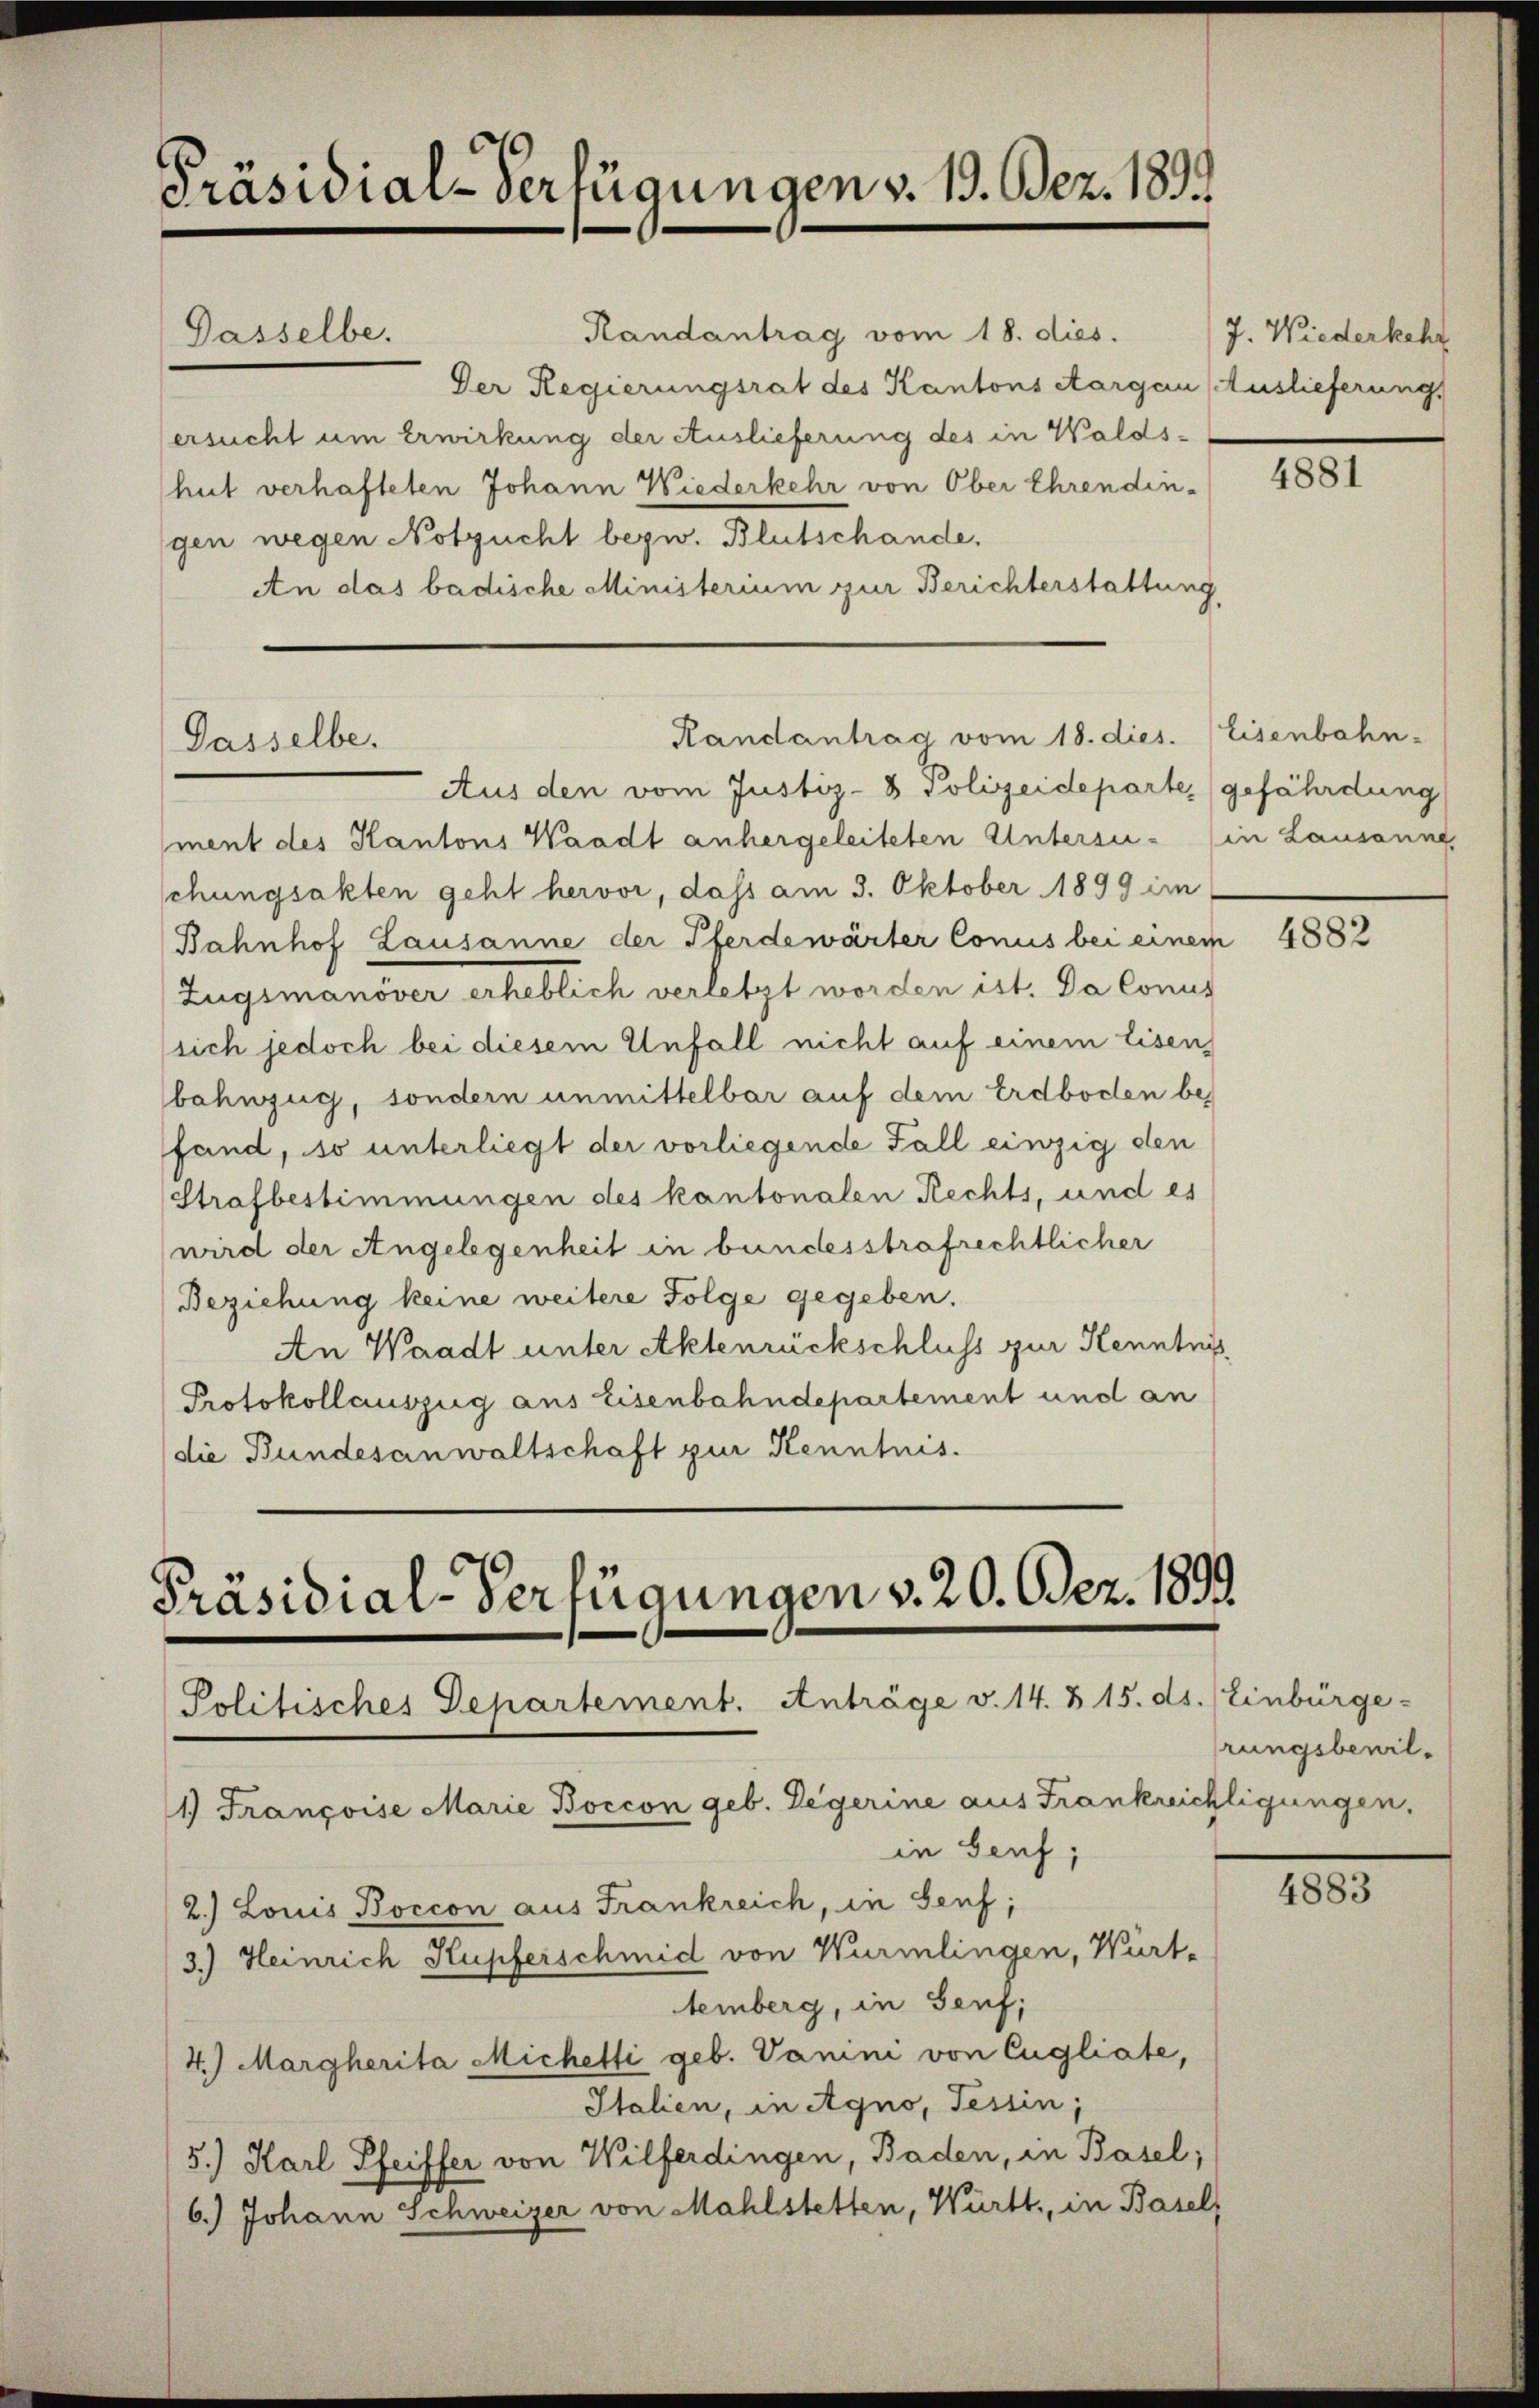
Präsidial-Verfügungen v. 19. Bez. 1852

Gasselbe.

Dasselbe.

Randantrag vom 18. dies. (Eisenbahn-

Präsidial-Verfügungen v. 20. Dez. 1899
Politisches Departement. Anträge v. 14. 815. ds. Einbürge-
1.) Françoise Marie Boccon geb. Legerine aus Frankreichtigungen,
in Genf,
2.) Louis Boccon aus Frankreich, in Senf,
3.) Heinrich Kupferschmid von Würmlingen, Würt-

Randantrag vom 18. dies.
Der Regierungsrat des Kantons Aargau (Auslieferung
ersucht um Erwirkung der Auslieferung des in Waldshut verhafteten Johann Wiederkehr von Ober Ehrendingen wegen Notzucht bezw. Blutschande.
An das badische Ministerium zur Berichterstattung

Aus den vom Justiz- & Polizeideparte, gefährdung
ment des Kantons Waadt anhergeleiteten Untersu- (in Lausanne
schungsakten geht hervor, dass am 3. Oktober 1899 im
Bahnhof Lausanne der Pferdewärter Conus bei einem
Zugsmanöver erheblich verletzt worden ist. Da Conus
sich jedoch bei diesem Unfall nicht auf einem Eisen,
bahnzug, sondern unmittelbar auf dem Erdboden befand, so unterliegt der vorliegende Fall einzig den
Strafbestimmungen des kantonalen Rechts, und es
wird der Angelegenheit in bundesstrafrechtlicher
Beziehung keine weitere Folge gegeben.
An Waadt unter Aktenrückschluss zur Kenntni
Protokollauszug aus Eisenbahndepartement und an
die Bundesanwaltschaft zur Kenntnis.

temberg, in Genf,

4.) Margherita Michetti geb. Vanini von Cugliate,
Italien, in Agno, Tessin;
5.) Karl, Pfeiffer von Wilferdingen, Baden, in Basel;
6.) Johann Schweizer von Mahlstetten, Württ. in Basel,

7. Wiederkehr

4881

4882

rungsbewil¬

4883